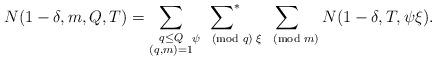
LaTeX: \begin{align*}N(1-\delta,m,Q,T)=\sum_{\substack{q\leq Q\\(q,m)=1}}\sideset{}{^*}\sum_{\psi\pmod{q}}\sum_{\xi\pmod{m}}N(1-\delta,T,\psi\xi).\end{align*}